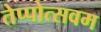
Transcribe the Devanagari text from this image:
तेप्पोत्सवम